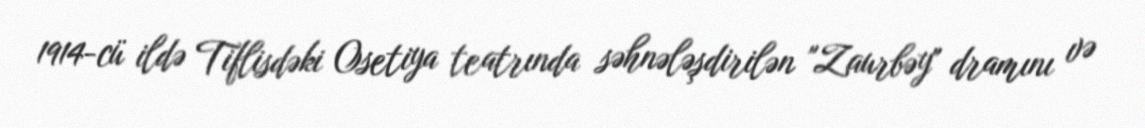
1914-cü ildə Tiflisdəki Osetiya teatrında səhnələşdirilən "Zaurbəy" dramını və